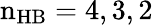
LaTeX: \mathrm{n_{HB}=4,3,2}